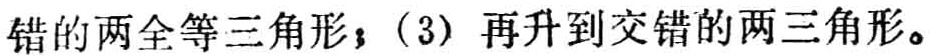
错的两全等三角形；(3) 再升到交错的两三角形。